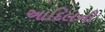
આદિલની